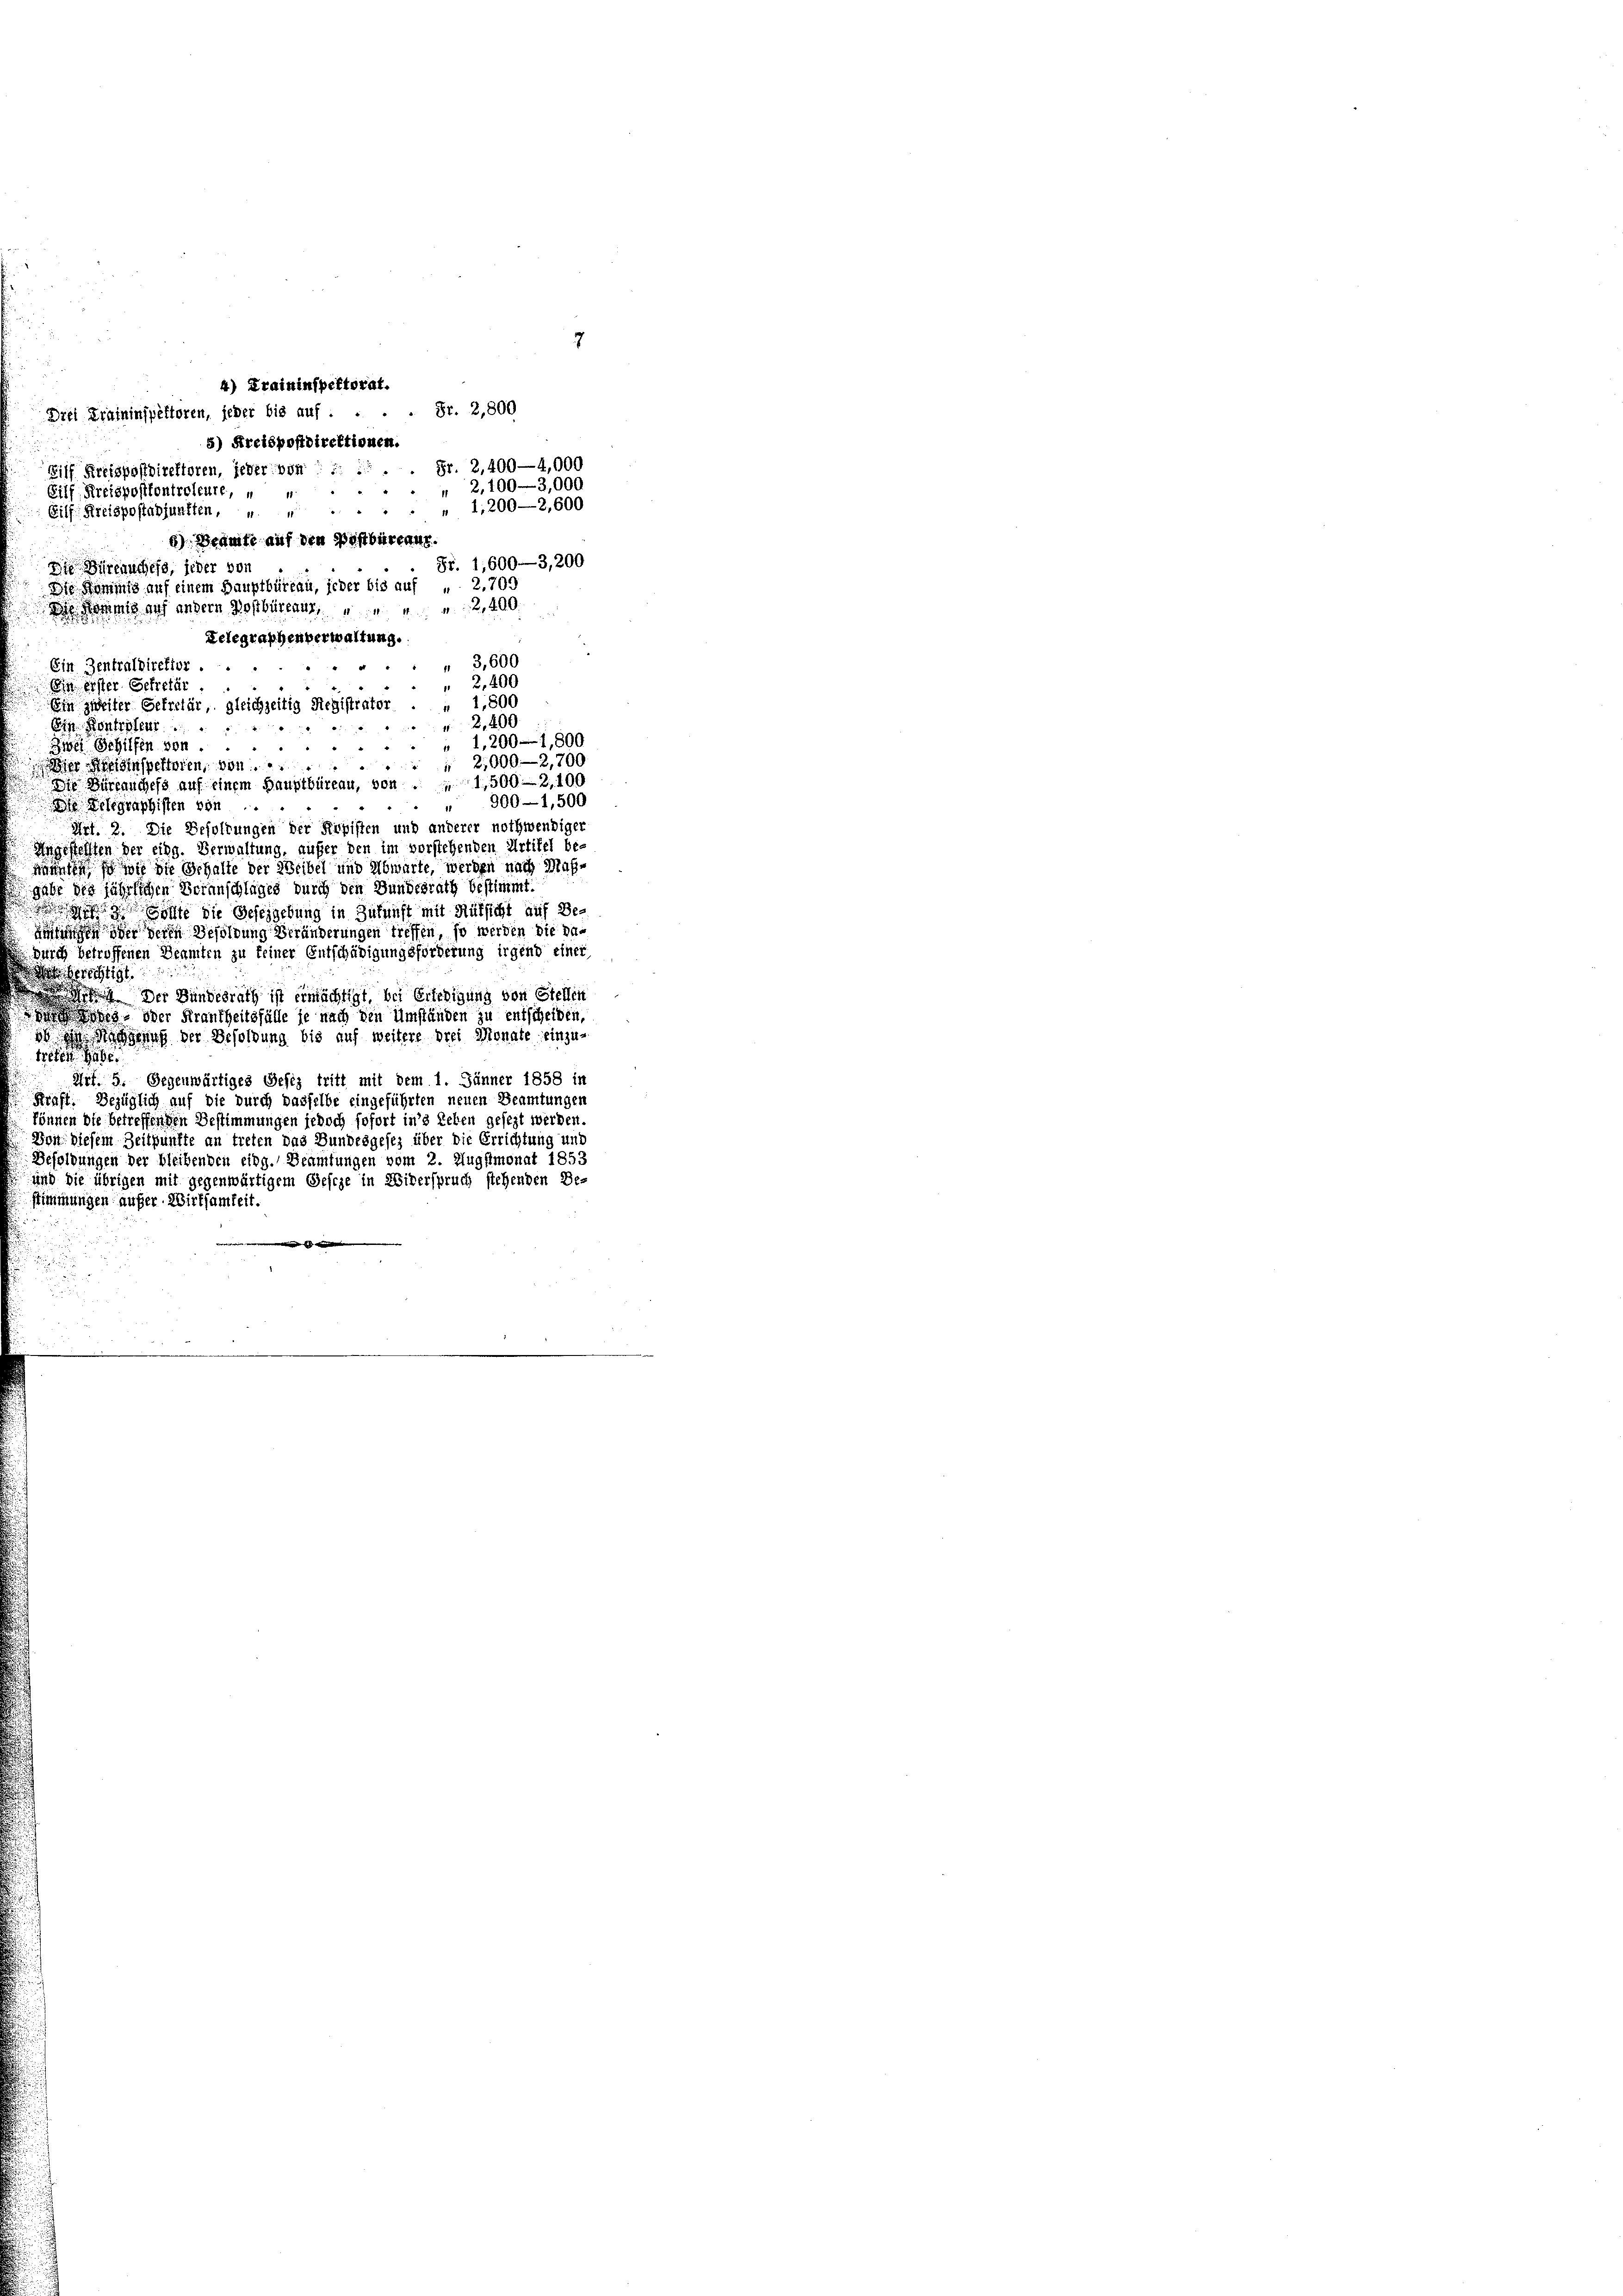
Fr. 2,800
Drei Kraininspektoren, jeder bis auf:
5) Kreispostdirektionen.
Fr. 2,400—4,000
Bilf Kreispostdirektoren, jeder von
" 2,100—3,000
Gilf, Kreispositontroleure,  ..
Eilf Kreispostadjunkten, u. 1,200—2,600
8) Beamte auf den Postbureau.
Fr. 1,600—3,200
In Büreauchess, jeder von
Die Kommis auf einem Hauptbüreau, jeder bis auf „ 2.709
 Kommis auf andern Dosbürens 2400
Telegraphenverwaltung.
"3,600
Ein Zentraldiretior.
2,400
Ein erster Sekretär
Ein zweiter Gekretär, gleichzeitig Registrator . „ 1,800
2,400
Eis. Kontretent
.
" 1,200 - 1,800
Zwei Schilfen von
"
 2,000—2,700.
Der Bestinspektoren, von
Die Büreanchefs auf einem Hauptbüreau, von 1500-2100
" 900—1,500
 Gelegraphisten von
¬
Art. 2. Die Besoldungen der Kopisten und anderer nothwendiger
Angestellten der eing. Verwaltung, außer den im vorstehenden Artikel be-
nannten so wie die Gehalte der Weibel und Abwarte, werden nach Maßgabe des jährlichen Veranschlages durch den Bundesrath bestimmt.
 sie die Beseigebung in Zukunft mit Rüksicht auf Be-
ningen in deren Besoldung Veränderungen treffen, so werden die da¬
Durch betroffenen Beamten zu keiner Entschädigungsforderung irgend einer
sberichtigt.
 Der Bundesrath ist ermächtigt, bei Erledigung von Stellen
g oder Krankheitsfälle je nach den Umständen zu entscheiben,
dh Mangen der Besoldung bis auf weitere drei Monate einzu-
treten de
Art. 5. Gegenwärtiges Besiz tritt mit dem 1. Jänner 1858 in
Kraft. Bezüglich auf die durch dasselbe eingeführten neuen Beamtungen
können die betreffenden Bestimmungen jedoch sofort in’s Leben gesezt werden.
Bont diesem Zeitpunkte an treten das Bundesgesez über die Errichtung und
Besoldungen der bleibenden eidg. Beamtungen vom 2. Augstmonat 1853
und die übrigen mit gegenwärtigem Geseze in Widerspruch stehenden Be-
stimmungen aufer. Wirksamkeit.

4) Kraininspektorat.